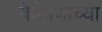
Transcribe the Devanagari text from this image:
वेडेपणाच्या